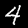
Digit: 4